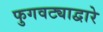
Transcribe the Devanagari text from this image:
फुगवट्याद्वारे